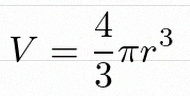
V=\frac43\pi r^3